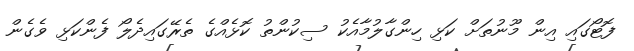
ފޮޓޯގައި އިން މޫނުތަަށް ކަޅި ހިންގާލުމާއެކު ސިކުންތު ކޮޅެއްގެ ތެރޭގައިދެލޯ ފެންކަޅި ވެގެން